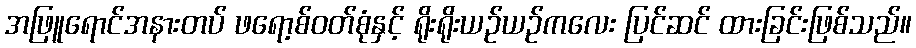
အဖြူရောင်အနားတပ် ဖရော့စ်ဝတ်စုံနှင့် ရိုးရိုးယဉ်ယဉ်ကလေး ပြင်ဆင် ထားခြင်းဖြစ်သည်။